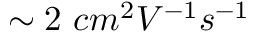
\sim 2 \ c m ^ { 2 } V ^ { - 1 } s ^ { - 1 }